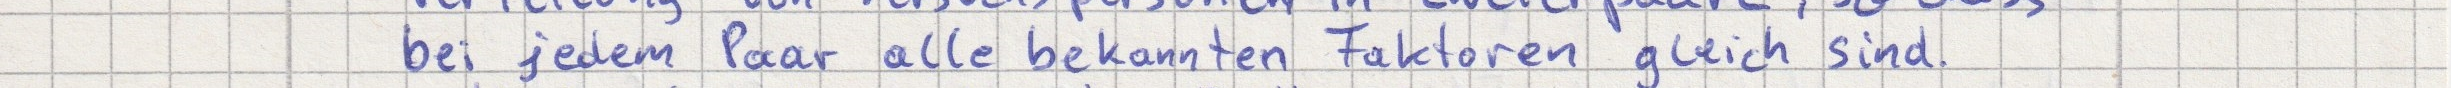
bei jedem Paar alle bekannten Faktoren gleich sind.